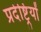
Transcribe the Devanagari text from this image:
प्रदेष्ट्रियों